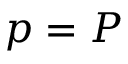
p = P